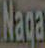
Naqa